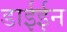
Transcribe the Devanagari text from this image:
डाईईन